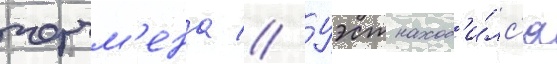
черчм'ена // Уэст наход'и́лс'я